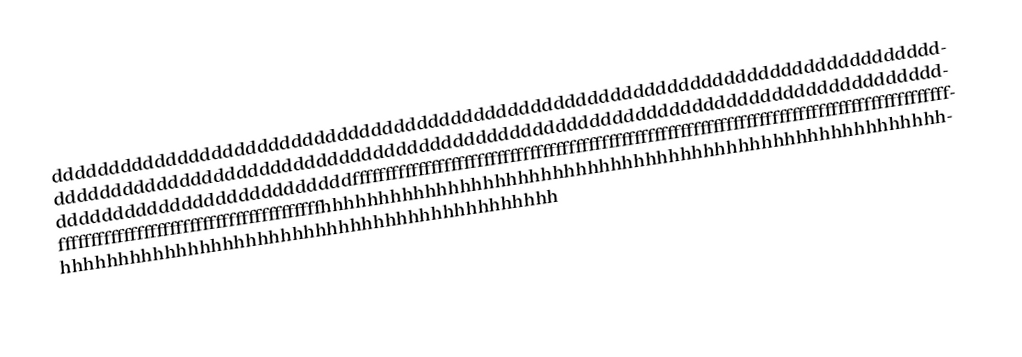
ddddddddddddddddddddddddddddddddddddddddddddddddddddddddddddddddddddddddddddddddddddddddddddddddddddddddddddddddddddddddddddddddddddddddddddddddddddddddddddddddddddddddddddddddddddddfffffffffffffffffffffffffffffffffffffffffffffffffffffffffffffffffffffffffffffffffffffffffffffffffffffffffffffffffffffffffffffffffffhhhhhhhhhhhhhhhhhhhhhhhhhhhhhhhhhhhhhhhhhhhhhhhhhhhhhhhhhhhhhhhhhhhhhhhhhhhhhhhhhhhhhhhhhhhhhhhhh